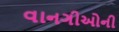
વાનગીઓની